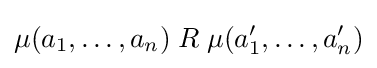
\mu (a_{1},\ldots ,a_{n})\mathrel {R} \mu (a'_{1},\ldots ,a'_{n})